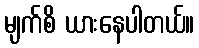
မျက်စိ ယားနေပါတယ်။